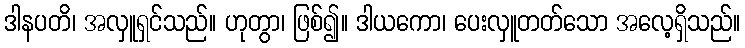
ဒါနပတိ၊ အလှူရှင်သည်။ ဟုတွာ၊ ဖြစ်၍။ ဒါယကော၊ ပေးလှူတတ်သော အလေ့ရှိသည်။